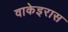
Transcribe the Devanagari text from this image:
वाकेइरास